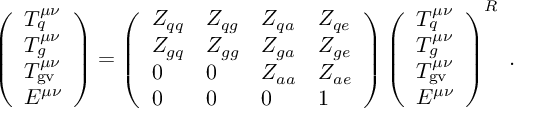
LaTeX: \left( \begin{array} { l } { { T _ { q } ^ { \mu \nu } } } \\ { { T _ { g } ^ { \mu \nu } } } \\ { { T _ { \mathrm { g v } } ^ { \mu \nu } } } \\ { { E ^ { \mu \nu } } } \end{array} \right) = \left( \begin{array} { l l l l } { { Z _ { q q } } } & { { Z _ { q g } } } & { { Z _ { q a } } } & { { Z _ { q e } } } \\ { { Z _ { g q } } } & { { Z _ { g g } } } & { { Z _ { g a } } } & { { Z _ { g e } } } \\ { { 0 } } & { { 0 } } & { { Z _ { a a } } } & { { Z _ { a e } } } \\ { { 0 } } & { { 0 } } & { { 0 } } & { { 1 } } \end{array} \right) \left( \begin{array} { l } { { T _ { q } ^ { \mu \nu } } } \\ { { T _ { g } ^ { \mu \nu } } } \\ { { T _ { \mathrm { g v } } ^ { \mu \nu } } } \\ { { E ^ { \mu \nu } } } \end{array} \right) ^ { R } \; .